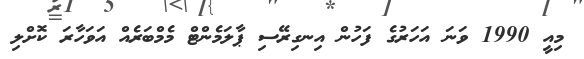
މިއީ 1990 ވަނަ އަހަރުގެ ފަހުން އިނގިރޭސި ޕާލަމެންޓް މެމްބަރެއް އަވަހާރަ ކޮށްލި